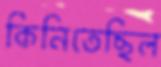
কিনিতেছিল